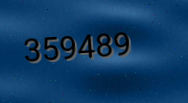
359489